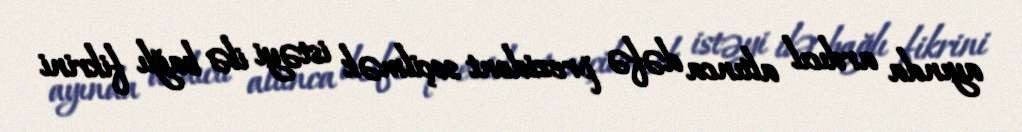
ayında ardıcıl altınca dəfə prezident seçilmək istəyi ilə bağlı fikrini